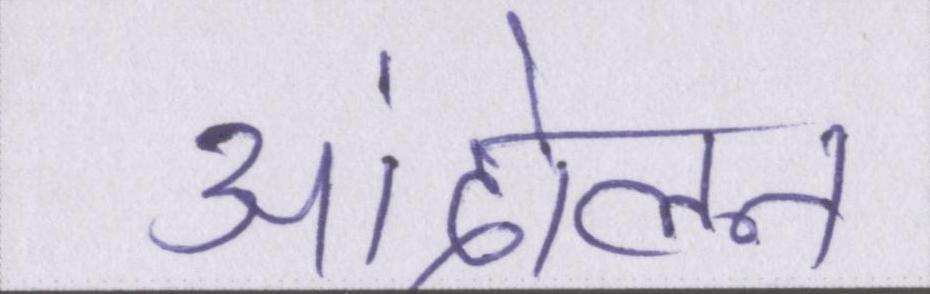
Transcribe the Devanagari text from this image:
आंदोलन